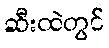
ဆီးထဲတွင်